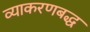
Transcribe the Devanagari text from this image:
व्याकरणबद्ध